Vaccination in Bombay 1913-1923 - 1913-1923
Year: 1913
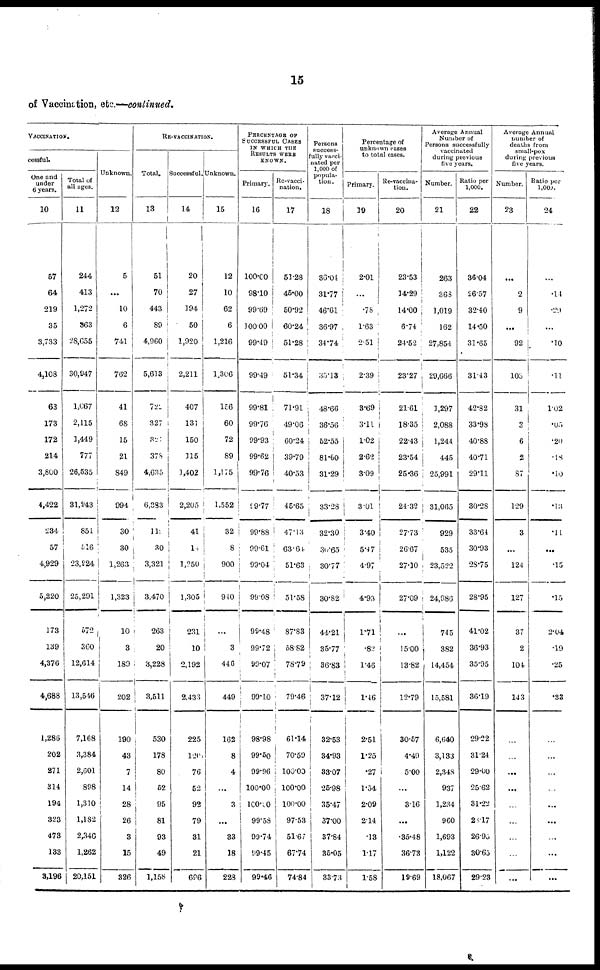
15
of Vaccination, etc.—continued.
VACCINATION.
cessful.
One and
under
6 years.
10
57
64
219
35
3,733
4,108
63
173
172
214
3,800
4,422
234
57
4,929
5,220
173
139
4,376
4,688
1,286
202
271
314
194
323
473
133
3,196
Total of
all ages.
11
244
413
1,272
363
28,655
30,947
1,067
2,115
1,449
777
26,535
31,943
851
516
23,924
25,291
572
360
12,614
13,546
7,168
3,384
2,601
898
1,310
1,182
2,346
1,262
20,151
Unknown.
12
5
...
10
6
741
762
41
68
15
21
849
994
30
30
1,263
1,323
10
3
189
202
190
43
7
14
28
26
3
15
326
RE-VACCINATION.
Total.
13
51
70
443
89
4,960
5,613
721
327
321
378
4,635
6,383
111
30
3,321
3,470
263
20
3,228
3,511
530
178
80
52
95
81
93
49
1,158
Successful.
14
20
27
194
50
1,9201
2,211
407
131
150
115
1,402
2,205
41
14
1,250
1,305
231
10
2,192
2,433
225
120
76
52
92
79
31
21
696
Unknown.
15
12
10
62
6
1,216
1,306
156
60
72
89
1,175
1,552
32
8
900
940
...
3
446
449
162
8
4
...
3
...
33
18
228
PERCENTAGE OF
SUCCESSFUL, CASES
IN WHICH THE
RESULTS WERE
KNOWN.
Primary.
16
100.00
98.10
99.69
100.00
99.49
99.49
99.81
99.76
99.93
99.62
99.76
99.77
99.88
99·61
99.04
99.08
99.48
99.72
99.07
99.10
98.98
99·50
99.96
100.00
100.00
99.58
99.74
99.45
99.46
Re-vacci¬
nation.
17
51.28
46·00
50.92
60.24
51.28
51.34
71.91
49.06
60.24
39.79
40.53
45.65
47.13
63.64
51.63
51.58
87.83
58.82
78.79
79.46
61.14
70.59
100.00
100.00
100.00
97.53
51.67
67.74
74.84
Persons
success¬
fully vacci¬
nated per
1,000 of
popula-
tion.
18
36.04
31.77
46.61
36.97
34.74
35.13
48.66
36.56
52.55
81.60
31.29
33.28
32.30
30.65
30.77
30.82
44.21
35.77
36.83
37.12
32.53
34.93
33.07
25.98
35.47
37.00
37.84
35.05
33.73
Percentage of
unknown cases
to total cases.
Primary.
19
2.01
...
.78
1.63
2.51
2.39
3.69
3.11
1.02
2.62
3.09
3.01
3.40
5·47
4.97
4.93
1.71
.82
1.46
1.46
2.51
1.25
.27
1.54
2.09
2.14
.13
1.17
1.58
Re-vaccina¬
tion.
20
23.53
14.29
14.00
6.74
24.52
23.27
21.61
18.35
22.43
23.54
25.36
24.32
27.73
26.67
27.10
27.09
...
15.00
13.82
12.79
30.57
4.49
5.00
...
3.16
...
35.48
36.73
19.69
Average Annual
Number of
Persons successfully
vaccinated
during previous
five years.
Number.
21
263
368
1,019
162
27,854
29,666
1,297
2,088
1,244
445
25,991
31,065
929
535
23,522
24,986
745
382
14,454
15,581
6,640
3,133
2,348
937
1,234
960
1,693
1,122
18,067
Ratio per
1,000.
22
36.04
26.57
32.40
14·50
31·65
31.43
42.82
33.98
40.88
40.71
29.11
30.28
33.64
30.93
28.75
28.95
41.02
36.93
35.95
36.19
29.22
31.24
29.00
25.62
31.22
26.17
26.95
30.65
29.23
Average Annual
number of
deaths from
small-pox
during previous
five years.
Number.
23
...
9
9
...
92
103
31
3
6
2
87
129
3
...
124
127
37
2
104
143
...
...
...
...
...
...
...
...
...
Ratio per
1,000.
24
...
.14
.29
...
.10
.11
1.02
.05
.20
.18
.10
.13
.11
...
.15
.15
2.04
.19
.25
.33
...
...
...
...
...
...
...
...
...